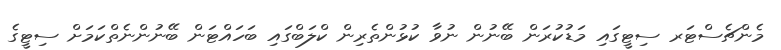
މެންޗެސްޓަރ ސިޓީގައި މަޑުކުރަން ބޭނުން ނުވާ ކުޅުންތެރިން ކްލަބްގައި ބަހައްޓަން ބޭނުންނެތްކަމަށް ސިޓީގެ